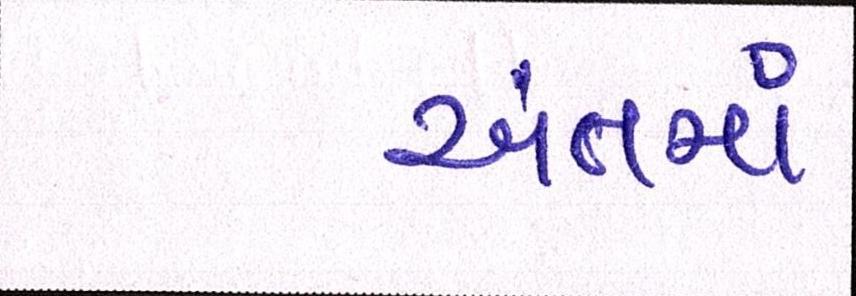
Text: અંતમાં